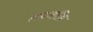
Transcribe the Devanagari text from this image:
लवणप्रिय